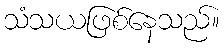
သံသယဖြစ်နေသည်။